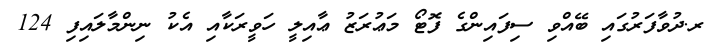
ރ.ދުވާފަރުގައި ބޭއްވި ސިފައިންގެ ފޮޓޯ މަޢުރަޒު ޢާއިލީ ހަވީރަކާއި އެކު ނިންމާލައިފި 124